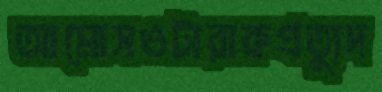
আমোসওটারাকপ্রত্যুদ